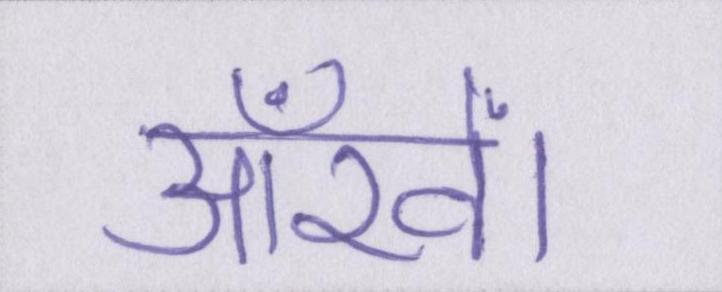
आँखें।